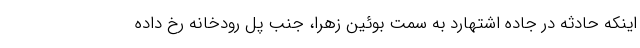
اینکه حادثه در جاده اشتهارد به سمت بوئین زهرا، جنب پل رودخانه رخ داده